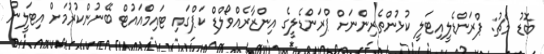
ބޮޑު މެޗު: ޕްރަންޑެލީއިޓަލީ ކުޅުންތެރިންނަށް ޕްރަންޑެލީގެ އިންޒާރެއްވޯލްޑް ކަޕްގައި ޓައިމްއައުޓް ބޭނުންކުރުމަށް އިޓަލީން